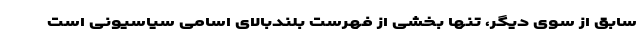
سابق از سوی دیگر، تنها بخشی از فهرست بلندبالای اسامی سیاسیونی است